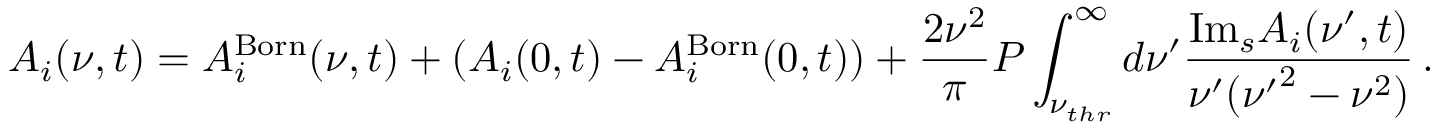
A _ { i } ( \nu , t ) = A _ { i } ^ { \mathrm { B o r n } } ( \nu , t ) + ( A _ { i } ( 0 , t ) - A _ { i } ^ { \mathrm { B o r n } } ( 0 , t ) ) + { \frac { 2 \nu ^ { 2 } } { \pi } } P \int _ { \nu _ { t h r } } ^ { \infty } d \nu ^ { \prime } { \frac { \mathrm { I m } _ { s } A _ { i } ( \nu ^ { \prime } , t ) } { \nu ^ { \prime } ( { \nu ^ { \prime } } ^ { 2 } - \nu ^ { 2 } ) } } \, .